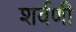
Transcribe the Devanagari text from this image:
शर्वणी